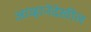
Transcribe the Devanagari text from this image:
आव्हानेदेखील